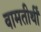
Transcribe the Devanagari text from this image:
वामतीर्थी